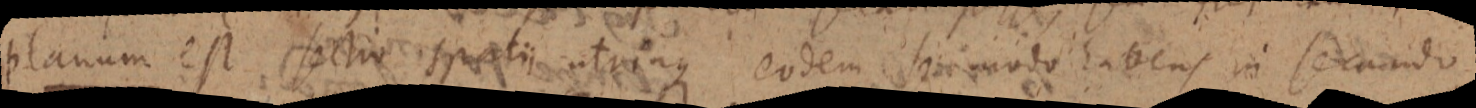
planum est sectio spatii utrinque eodem se modo habens in secando